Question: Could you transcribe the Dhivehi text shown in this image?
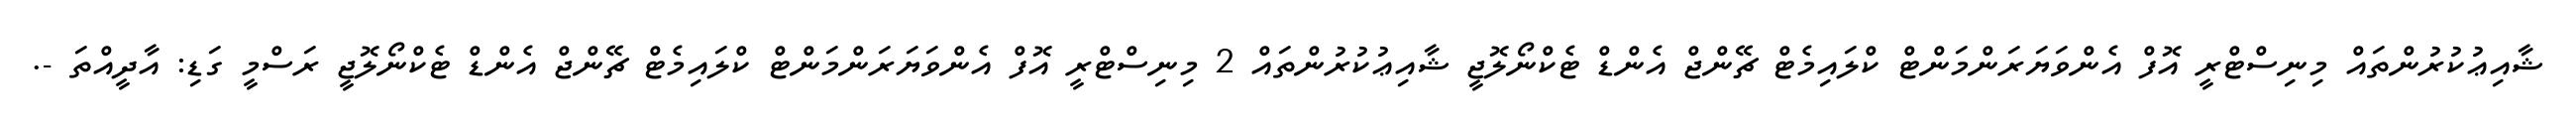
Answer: ޝާއިޢުކުރުންތައް މިނިސްޓްރީ އޮފް އެންވަޔަރަންމަންޓް ކްލައިމެޓް ޗޭންޖް އެންޑް ޓެކްނޯލޮޖީ ޝާއިޢުކުރުންތައް 2 މިނިސްޓްރީ އޮފް އެންވަޔަރަންމަންޓް ކްލައިމެޓް ޗޭންޖް އެންޑް ޓެކްނޯލޮޖީ ރަސްމީ ގަޑި: އާދީއްތަ -.